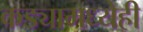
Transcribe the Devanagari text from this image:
कड्यामध्येही